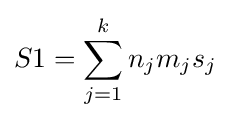
S1=\sum _{j=1}^{k}n_{j}m_{j}s_{j}